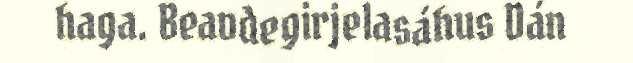
haga. Beavdegirjelasáhus Dán